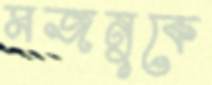
মজনুকে